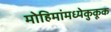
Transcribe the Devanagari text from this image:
मोहिमांमध्येकुकूक